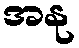
အနု